Report of the King Institute of Preventive Medicine, Guindy
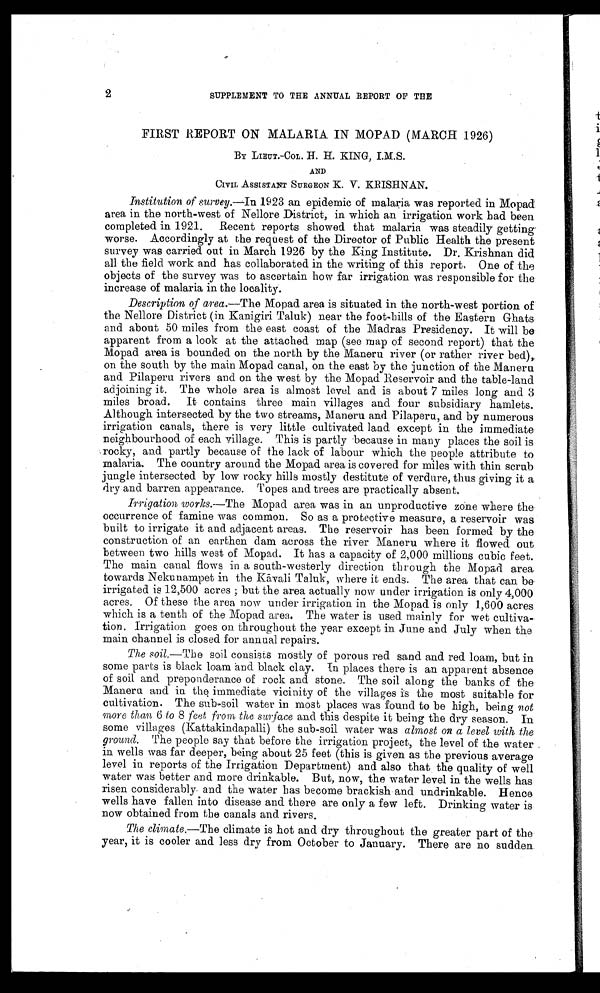
2
SUPPLEMENT TO THE ANNUAL REPORT OF THE
FIRST REPORT ON MALARIA IN MOPAD (MARCH 1926)
BY LIEUT.-COL. H. H. KING,
AND
CIVIL ASSISTANT SURGEON K. V. KRISHNAN.
Institution of survey.—In 1923 an epidemic of malaria was reported in Mopad
area in the north-west of Nellore District, in which an irrigation work had been
completed in 1921. Recent reports showed that malaria was steadily getting
worse. Accordingly at the request of the Director of Public Health the present
survey was carried out in March 1926 by the King Institute. Dr. Krishnan did
all the field work and has collaborated in the writing of this report. One of the
objects of the survey was to ascertain how far irrigation was responsible for the
increase of malaria in the locality.
Description of area.—The Mopad area is situated in the north-west portion of
the Nellore District (in Kanigiri Taluk) near the foot-bills of the Eastern Ghats
and about 50 miles from the east coast of the Madras Presidency. It will be
apparent from a look at the attached map (see map of second report) that the
Mopad area is bounded on the north by the Maneru river (or rather river bed.),.
on the south by the main Mopad canal, on the east by the junction of the Maneru
and Pilaperu rivers and on the west by the Mopad Reservoir and the table-land
adjoining it. The whole area is almost level and is about 7 miles long and 3
miles broad. It contains three main villages and four subsidiary hamlets.
Although intersected by the two streams, Maneru and Pilaperu, and by numerous
irrigation canals, there is very little cultivated land. except in the immediate
neighbourhood of each village. This is partly because in many places the soil is
rocky, and partly because of the lack of labour which the people attribute to
malaria. The country around the Mopad area is covered for miles with thin scrub
jungle intersected by low rocky hills mostly destitute of verdure, thus giving it a
dry and barren appearance. Topes and trees are practically absent,
Irrigation works.—The Mopad area was in an unproductive zone where the
occurrence of famine was common. So as a protective measure, a reservoir was
built to irrigate it and adjacent areas. The reservoir has been formed by the
construction of an earthen dam across the river Maneru where it flowed out
between two hills west of Mopad. It has a capacity of 2,000 millions cubic feet.
The main canal flows in a south-westerly direction through the Mopad area
towards Nekunampet in the Kävali Taluk, where it ends. The area that can be
irrigated is 12,500 acres ; but the area actually now under irrigation is only 4,000
acres. Of these the area now under irrigation in the Mopad is only 1,600 acres
which is a tenth of the Mopad area. The water is used mainly for wet cultiva
tion. Irrigation goes on throughout the year except in June and July when the
main channel is closed for annual repairs.
The soil.— The soil consists mostly of porous red sand and red loam, but in
some parts is black loam and black clay. In places there is an apparent absence
of soil and preponderance of rock and stone. The soil along the banks of the
Maneru and in the immediate vicinity of the villages is the most suitable for
cultivation. The sub-soil water in most places was found to be high, being not
more than 6 to 8 feet from the surface and this despite it being the dry season. In
some villages (Kattakindapalli) the sub-soil water was almost on a level with the
ground. The people say that before the irrigation project, the level of the water
in wells was far deeper, being about 25 feet (this is given as the previous average
level in reports of the Irrigation Department) and also that , the quality of well
water was better and more drinkable. But, now, the water level in the wells has
risen considerably and the water has become brackish and undrinkable. Hence
wells have fallen into disease and there are only a few left. Drinking water is
now obtained from the canals and rivers.
The climate.—The climate is hot and dry throughout the greater part of the
year, it is cooler and less dry from October to January. There are no sudden